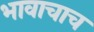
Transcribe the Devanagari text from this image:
भावाचाच